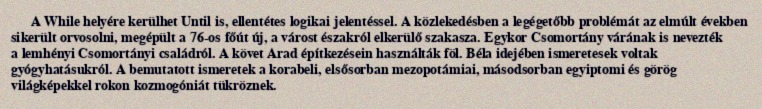
A While helyére kerülhet Until is, ellentétes logikai jelentéssel. A közlekedésben a legégetőbb problémát az elmúlt években sikerült orvosolni, megépült a 76-os főút új, a várost északról elkerülő szakasza. Egykor Csomortány várának is nevezték a lemhényi Csomortányi családról. A követ Arad építkezésein használták föl. Béla idejében ismeretesek voltak gyógyhatásukról. A bemutatott ismeretek a korabeli, elsősorban mezopotámiai, másodsorban egyiptomi és görög világképekkel rokon kozmogóniát tükröznek.